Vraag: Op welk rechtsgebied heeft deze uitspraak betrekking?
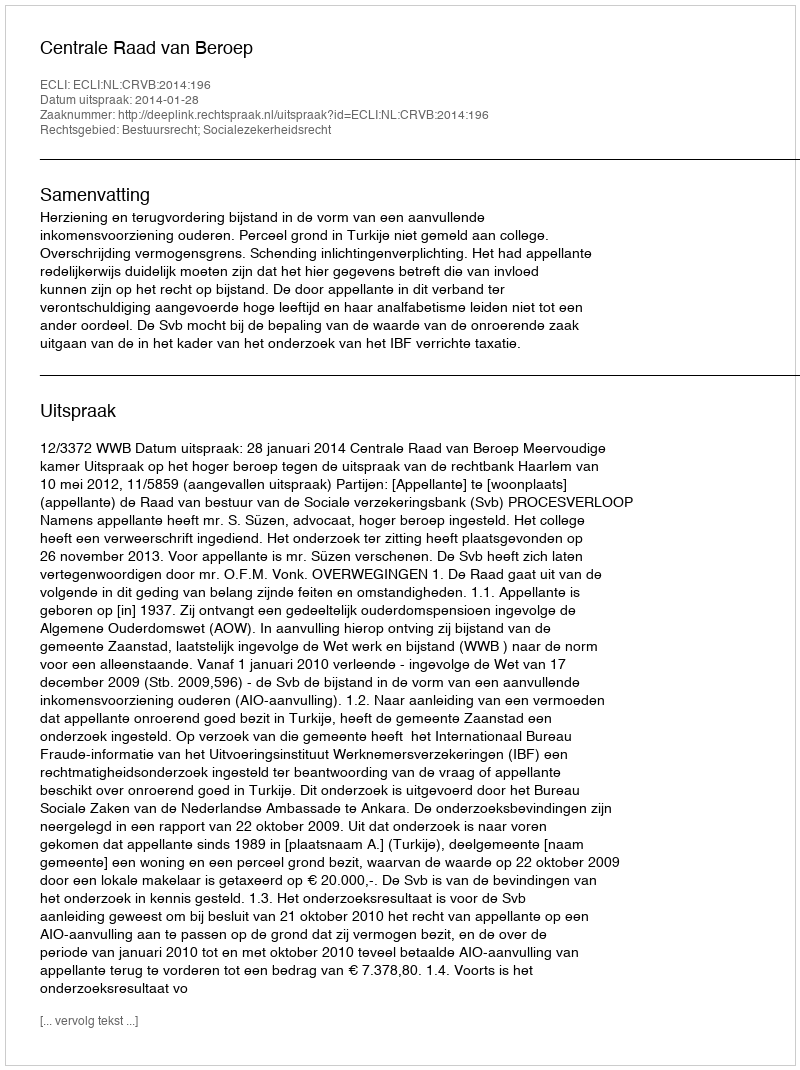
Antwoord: Bestuursrecht; Socialezekerheidsrecht